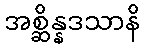
အစ္ဆိန္နဒသာနိ